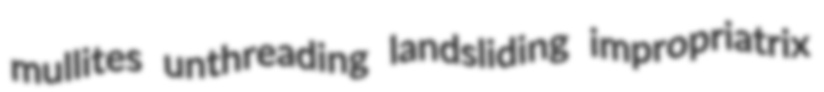
mullites unthreading landsliding impropriatrix